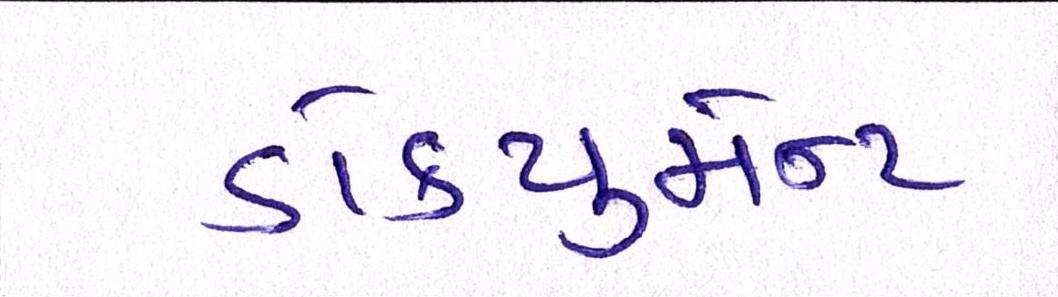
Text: ડોક્યુમેન્ટ